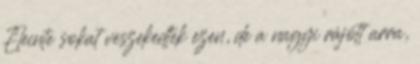
Eleinte sokat veszekedtek ezen, de a nagyi rájött arra,